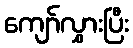
ကျော်လွှားပြီး